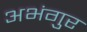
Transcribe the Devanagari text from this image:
अभंगुर